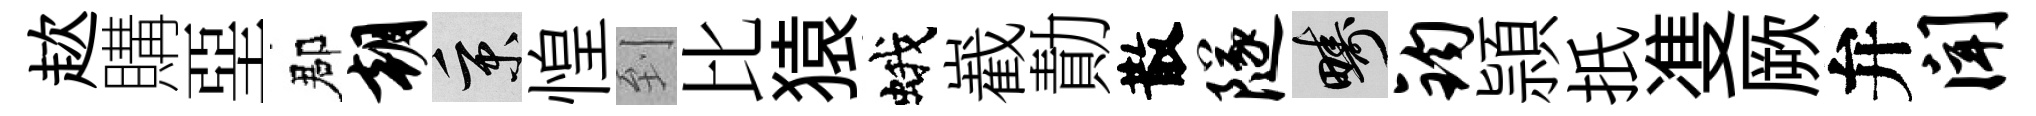
趑購堊郡朝秉惶到比猿蛾嶻勣散隧疇钧頴扺㕠厥弁闻